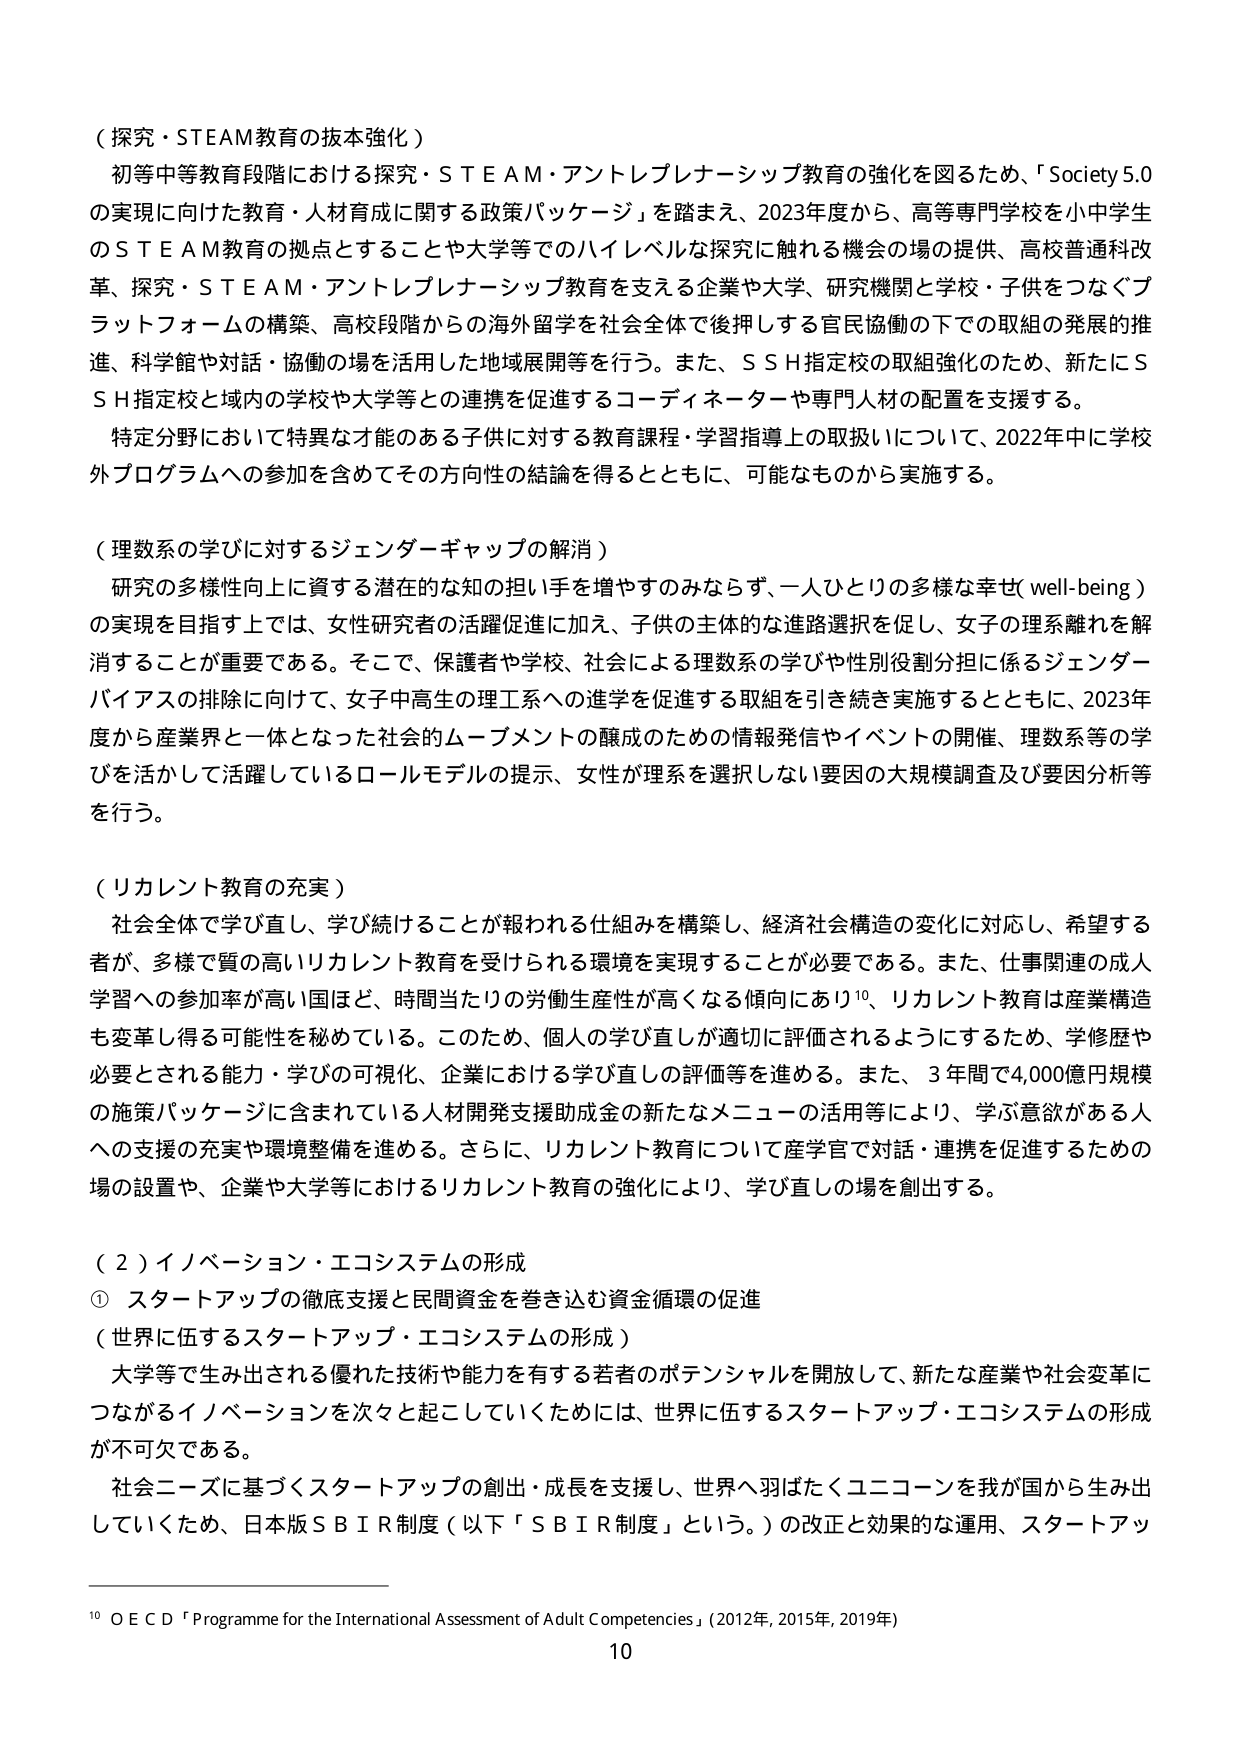
（探究・STEAM教育の抜本強化）

初等中等教育段階における探究・ＳＴＥＡＭ・アントレプレナーシップ教育の強化を図るため、「Society 5.0 の実現に向けた教育・人材育成に関する政策パッケージ」を踏まえ、2023年度から、高等専門学校を小中学生のＳＴＥＡＭ教育の拠点とすることや大学等でのハイレベルな探究に触れる機会の場の提供、高校普通科改革、探究・ＳＴＥＡＭ・アントレプレナーシップ教育を支える企業や大学、研究機関と学校・子供をつなぐプラットフォームの構築、高校段階からの海外留学を社会全体で後押しする官民協働の下での取組の発展的推進、科学館や対話・協働の場を活用した地域展開等を行う。また、ＳＳＨ指定校の取組強化のため、新たにＳＳＨ指定校と域内の学校や大学等との連携を促進するコーディネーターや専門人材の配置を支援する。

特定分野において特異な才能のある子供に対する教育課程・学習指導上の取扱いについて、2022年中に学校外プログラムへの参加を含めてその方向性の結論を得るとともに、可能なものから実施する。

（理数系の学びに対するジェンダーギャップの解消）

研究の多様性向上に資する潜在的な知の担い手を増やすのみならず、一人ひとりの多様な幸せ（well-being）の実現を目指す上では、女性研究者の活躍促進に加え、子供の主体的な進路選択を促し、女子の理系離れを解消することが重要である。そこで、保護者や学校、社会による理数系の学びや性別役割分担に係るジェンダーバイアスの排除に向けて、女子中高生の理工系への進学を促進する取組を引き続き実施するとともに、2023年度から産業界と一体となった社会的ムーブメントの醸成のための情報発信やイベントの開催、理数系等の学びを活かして活躍しているロールモデルの提示、女性が理系を選択しない要因の大規模調査及び要因分析等を行う。

（リカレント教育の充実）

社会全体で学び直し、学び続けることが報われる仕組みを構築し、経済社会構造の変化に対応し、希望する者が、多様で質の高いリカレント教育を受けられる環境を実現することが必要である。また、仕事関連の成人学習への参加率が高い国ほど、時間当たりの労働生産性が高くなる傾向にあり¹⁰、リカレント教育は産業構造も変革し得る可能性を秘めている。このため、個人の学び直しが適切に評価されるようにするため、学修歴や必要とされる能力・学びの可視化、企業における学び直しの評価等を進める。また、3年間で4,000億円規模の施策パッケージに含まれている人材開発支援助成金の新たなメニューの活用等により、学ぶ意欲がある人への支援の充実や環境整備を進める。さらに、リカレント教育について産学官で対話・連携を促進するための場の設置や、企業や大学等におけるリカレント教育の強化により、学び直しの場を創出する。

（２）イノベーション・エコシステムの形成

① スタートアップの徹底支援と民間資金を巻き込む資金循環の促進

（世界に伍するスタートアップ・エコシステムの形成）

大学等で生み出される優れた技術や能力を有する若者のポテンシャルを開放して、新たな産業や社会変革につながるイノベーションを次々と起こしていくためには、世界に伍するスタートアップ・エコシステムの形成が不可欠である。

社会ニーズに基づくスタートアップの創出・成長を支援し、世界へ羽ばたくユニコーンを我が国から生み出していくため、日本版ＳＢＩＲ制度（以下「ＳＢＩＲ制度」という。）の改正と効果的な運用、スタートアップ

¹⁰ OECD「Programme for the International Assessment of Adult Competencies」（2012年、2015年、2019年）

10